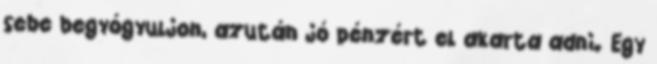
sebe begyógyuljon, azután jó pénzért el akarta adni. Egy